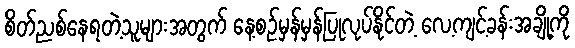
စိတ်ညစ်နေရတဲ့သူများအတွက် နေ့စဉ်မှန်မှန်ပြုလုပ်နိုင်တဲ့ လေ့ကျင့်ခန်းအချို့ကို